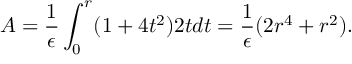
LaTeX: A = { \frac { 1 } { \epsilon } } \int _ { 0 } ^ { r } ( 1 + 4 t ^ { 2 } ) 2 t d t = { \frac { 1 } { \epsilon } } ( 2 r ^ { 4 } + r ^ { 2 } ) .